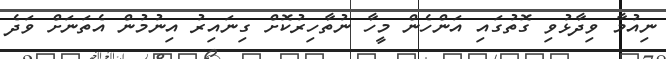
ނިއުމާ ވިދާޅުވި ގޮތުގައި އަންހެން މީހާ ނުތާހިރުކޮށް ގިނައިރު އިނުމުން އެތަނަށް ވަދެ